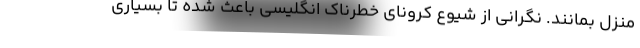
منزل بمانند. نگرانی از شیوع کرونای خطرناک انگلیسی باعث شده تا بسیاری